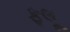
ફલૂ